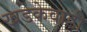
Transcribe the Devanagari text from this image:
खडकेवाडी